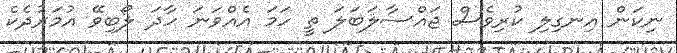
ނިކަން އިނގިލި ކުރިވެސް ޖައްސާލަބަލަ ތީ ހަމަ އެއްވަނަ ހާދަ ލޯބިވޭ އުމަރުދެކެ